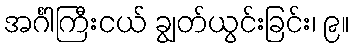
အင်္ဂါကြီးငယ် ချွတ်ယွင်းခြင်း၊ ၉။